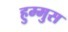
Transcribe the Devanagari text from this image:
हुम्मुस